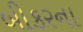
બીકરના